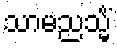
သာမညသ္မိံ